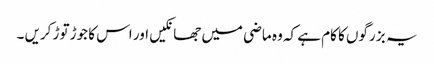
یہ بز رگوں کا کام ہے کہ وہ ماضی میں جھانکیں اور اس کا جوڑ توڑ کریں ۔